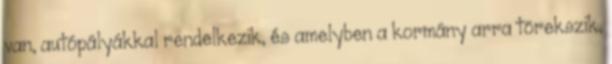
van, autópályákkal rendelkezik, és amelyben a kormány arra törekszik,